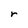
Character: r